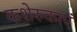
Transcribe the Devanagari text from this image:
कशेरुकाएं